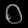
Digit: ၀